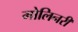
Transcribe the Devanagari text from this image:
मोलिनरी